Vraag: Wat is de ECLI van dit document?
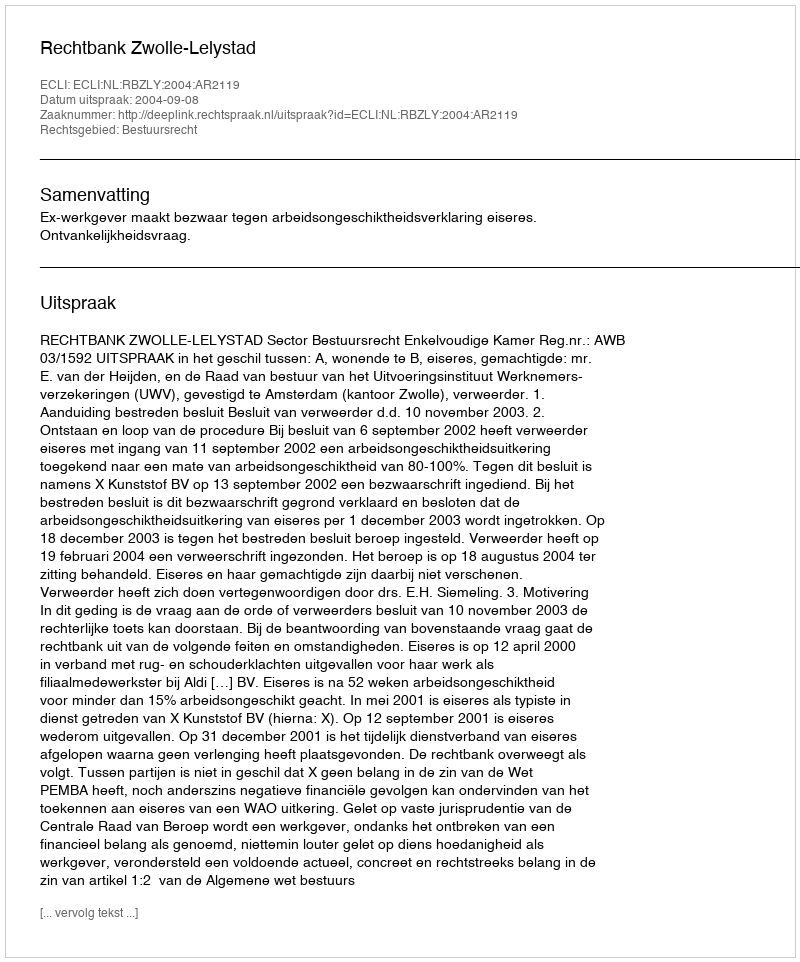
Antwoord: ECLI:NL:RBZLY:2004:AR2119